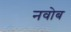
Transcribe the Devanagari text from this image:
नवोब